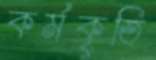
কর্মকৃতি